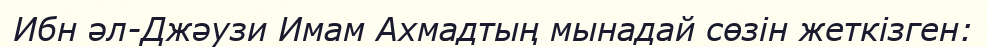
Ибн әл-Джәузи Имам Ахмадтың мынадай сөзін жеткізген: